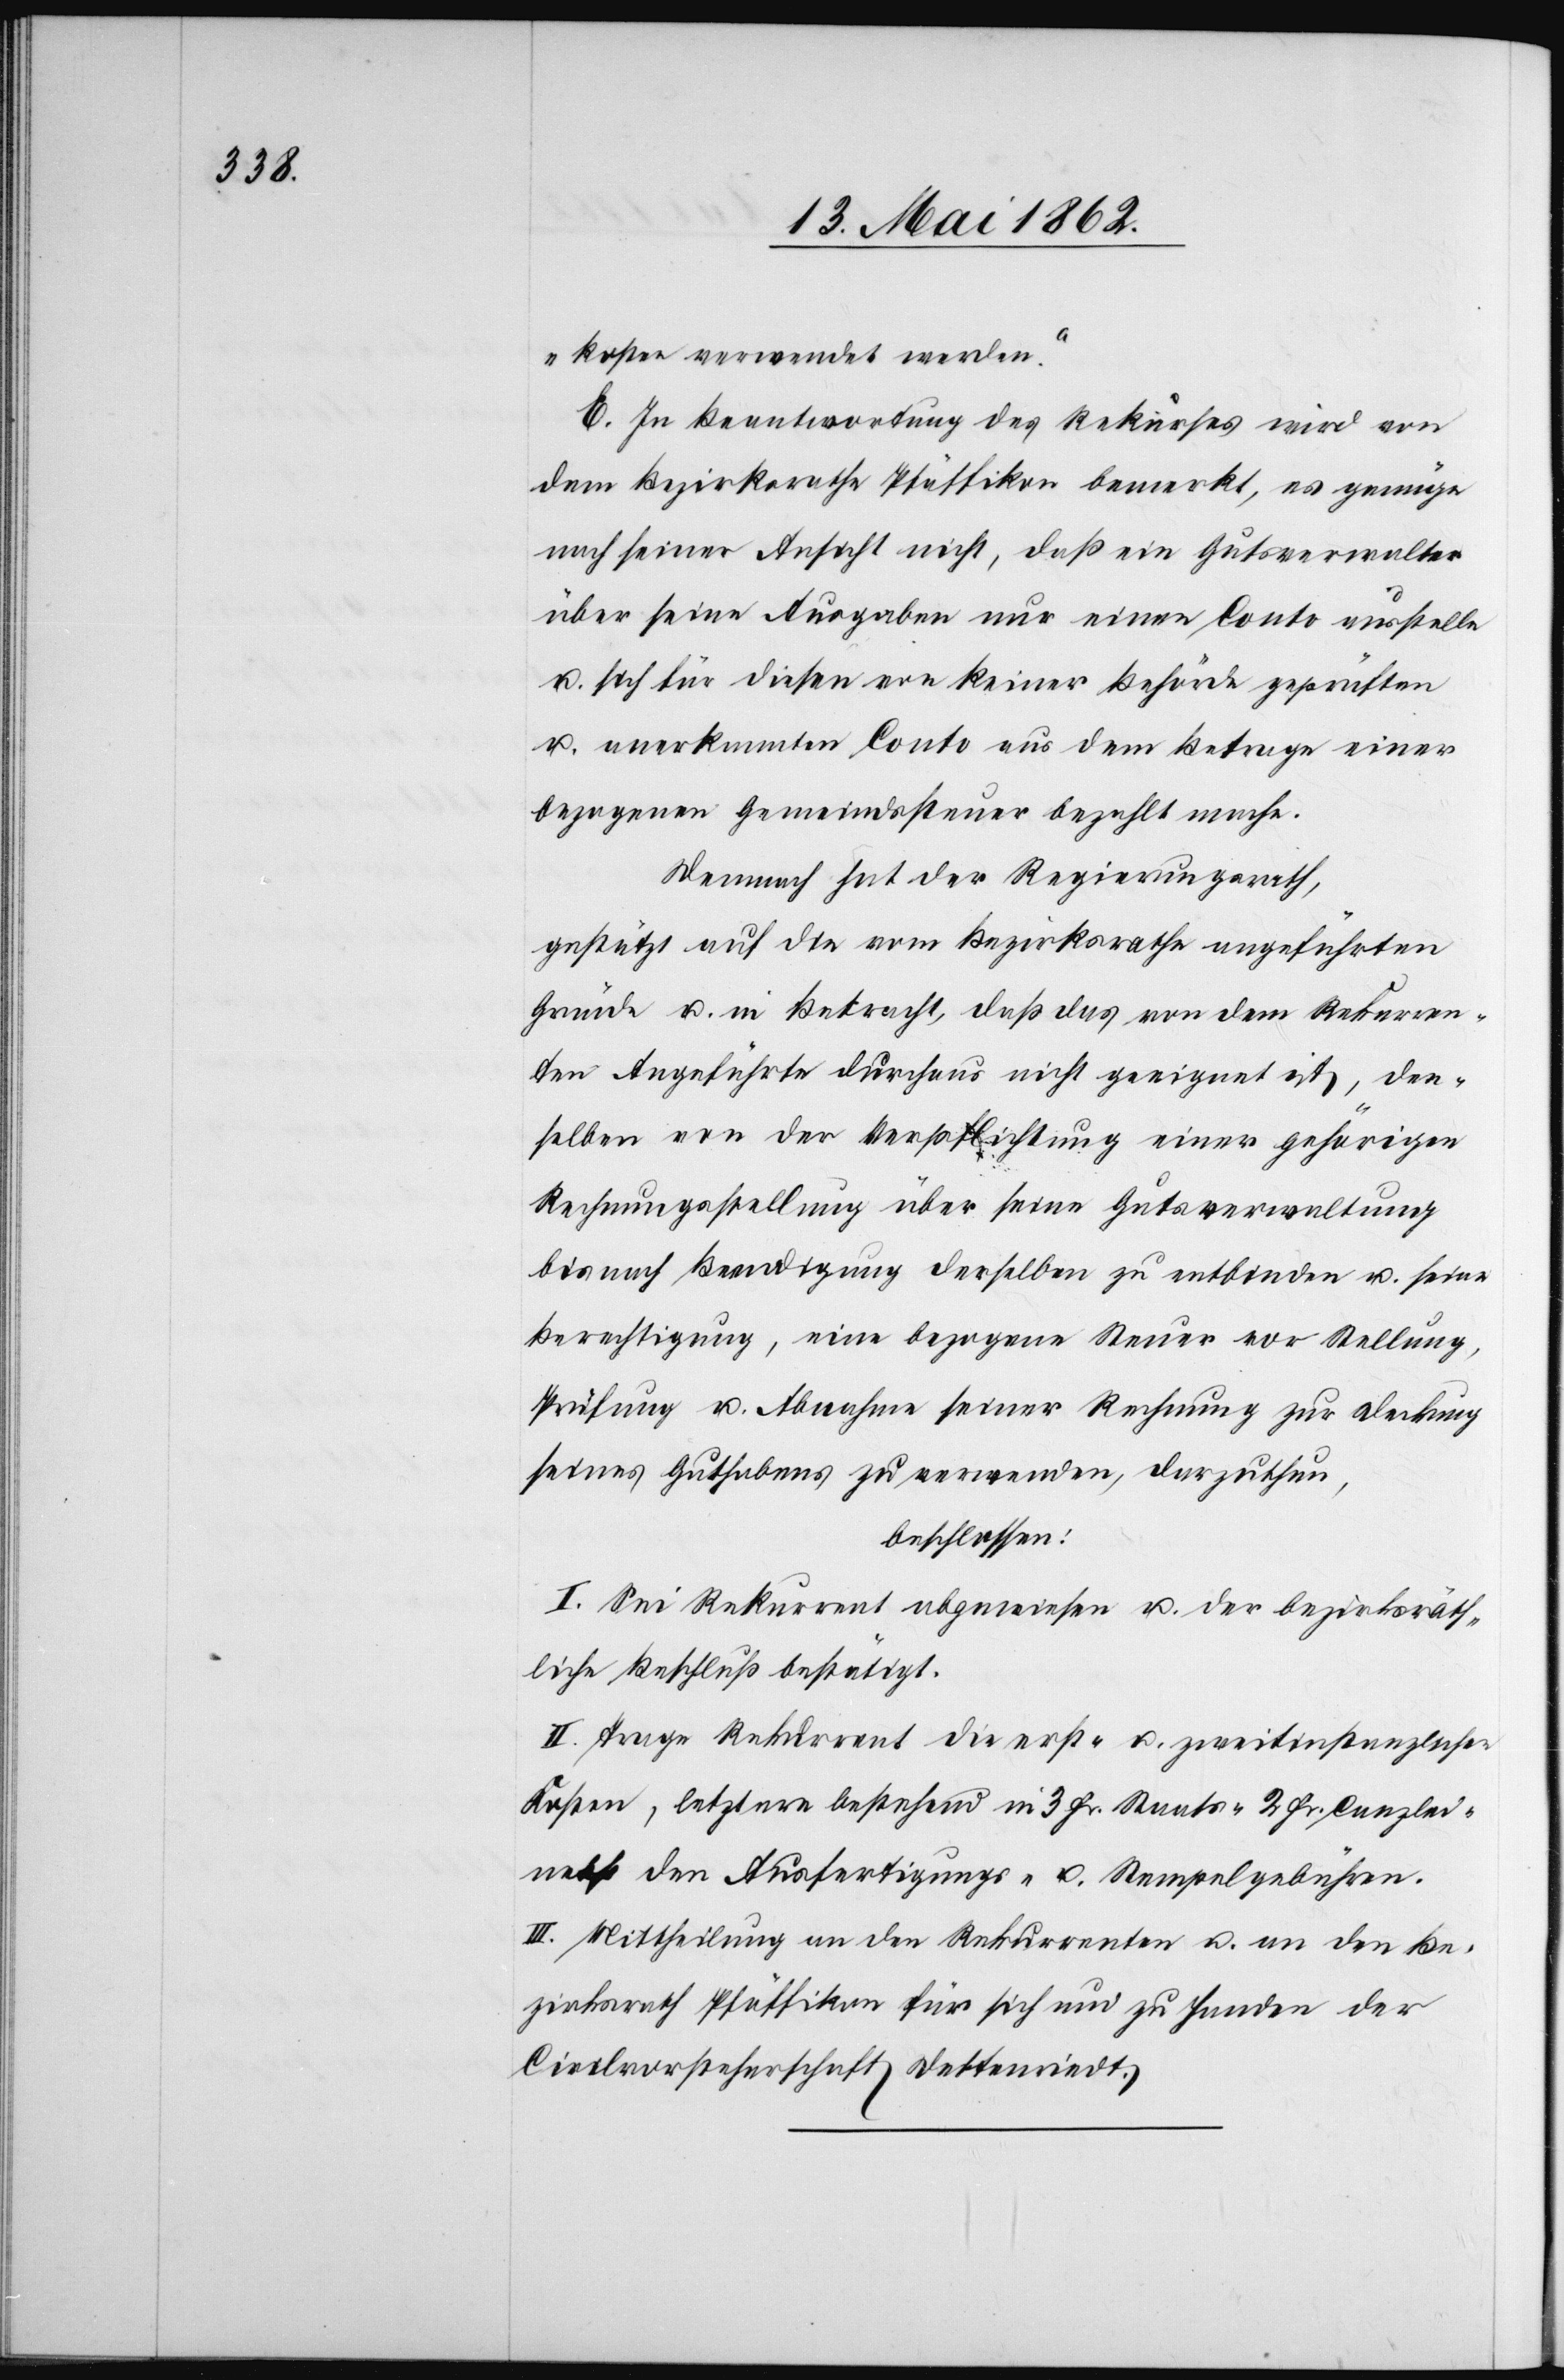
kosten verwendet werden.“
E. In Beantwortung des Rekurses wird von
dem Bezirksrathe Pfäffikon bemerkt, es genüge
nach seiner Ansicht nicht, daß ein Gutsverwalter
über seine Ausgaben nur einen Conto ausstelle
u. sich für diesen von keiner Behörde geprüften
u. anerkannten Conto aus dem Betrage einer
bezogenen Gemeindssteuer bezahlt mache.
Demnach hat der Regierungsrath,
gestützt auf die vom Bezirksrathe angeführten
Gründe u. in Betracht, daß das von dem Rekurren¬
ten Angeführte durchaus nicht geeignet ist, den¬
selben von der Verpflichtung einer gehörigen
Rechnungsstellung über seine Gutsverwaltung
bis nach Beendigung derselben zu entbinden u. seine
Berechtigung, eine bezogene Steuer vor Stellung,
Prüfung u. Abnahme seiner Rechnung zur Deckung
seines Guthabens zu verwenden, darzuthun
beschlossen:
I. Sei Rekurrent abgewiesen u. der bezirksräth¬
liche Beschluß bestätigt.
II. Trage Rekurrent die erst- u. zweitinstanzlichen
Kosten, letztere bestehend in 3. Fr. Staats- 2. Fr. Canzlei-
nebst den Ausfertigungs- u. Stempelgebühren.
III. Mittheilung an den Rekurrenten u. an den Be¬
zirksrath Pfäffikon für sich und zu Handen der
Civilvorsteherschaft Dettenriedt.